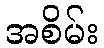
အစိမ်း